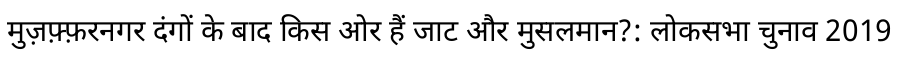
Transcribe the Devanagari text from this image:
मुज़फ़्फ़रनगर दंगों के बाद किस ओर हैं जाट और मुसलमान?: लोकसभा चुनाव 2019